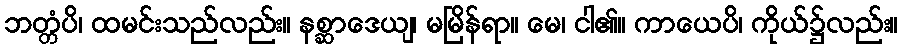
ဘတ္တံပိ၊ ထမင်းသည်လည်း။ နစ္ဆာဒေယျ၊ မမြိန်ရာ။ မေ၊ ငါ၏။ ကာယေပိ၊ ကိုယ်၌လည်း။